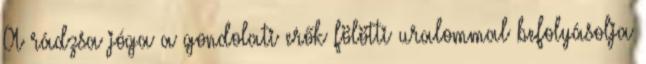
A rádzsa jóga a gondolati erők fölötti uralommal befolyásolja